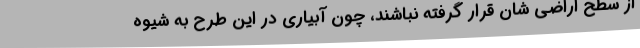
از سطح اراضی شان قرار گرفته نباشند، چون آبیاری در این طرح به شیوه